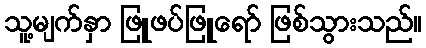
သူ့မျက်နှာ ဖြူဖပ်ဖြူရော် ဖြစ်သွားသည်။